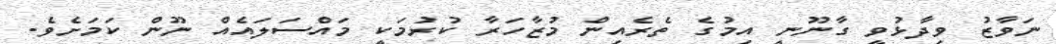
ނަވާޒު ވިދާޅުވީ ގާނޫނީ އިމުގެ ތެރެއިން މުޒާހަރާ ކުރުމަކީ މައްސަލައެއް ނޫން ކަަމަށެވެ.